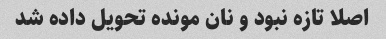
اصلا تازه نبود و نان مونده تحویل داده شد